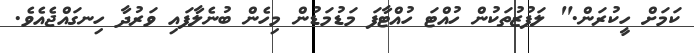
ކަމަށް ހީކުރަން." ލަފުޒުތަކުން ހުއްޓަ ހުއްޓާފަ މަޑުމަޑުން މިހެން ބުނެލާފައި ވަރުދާ ހިނގައްޖެއެވެ.